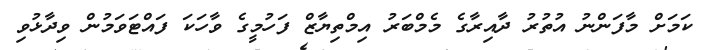
ކަމަށް މާފަންނު އުތުރު ދާއިރާގެ މެމްބަރު އިމްތިޔާޒް ފަހުމީގެ ވާހަކަ ފައްޓަވަމުން ވިދާޅުވި